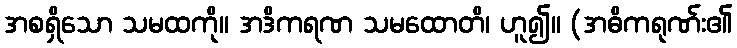
အစရှိသော သမထကို။ အဒိကရဏ သမထောတိ၊ ဟူ၍။ (အဓိကရုဏ်း၏